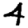
Digit: 4